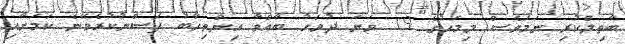
ބާތިލްކުރި ނަމަވެސް މިމަހުގެ 19 ވަނަ ދުވަހު ބާއްވާ އިންތިހާބު ފަސްނުކުރެވޭނެ ކަމަށާއި